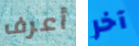
أعرف آخر